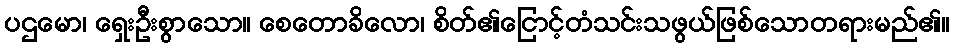
ပဌမော၊ ရှေးဦးစွာသော။ စေတောခိလော၊ စိတ်၏ငြောင့်တံသင်းသဖွယ်ဖြစ်သောတရားမည်၏။